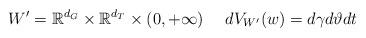
LaTeX: \begin{align*}W'=\mathbb{R}^{d_{G}}\times \mathbb{R}^{d_{T}}\times (0,+\infty) \ \ \ \ dV_{W'}(w)=d\gamma d\vartheta dt\end{align*}